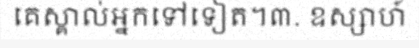
គេស្គាល់អ្នកទៅទៀត។៣. ឧស្សាហ៍